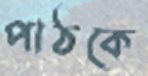
পাঠকে